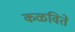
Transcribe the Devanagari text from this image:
कळविते